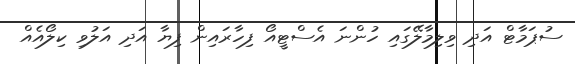
ސުޕަމާޓް އަދި ވިލިމާލޭގައި ހުންނަ އެސްޓީއޯ ފިހާރައިން ފިޔާ އަދި އަލުވި ކިލޯއެއް